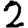
Digit: 2